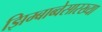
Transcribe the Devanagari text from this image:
झिम्बाब्वेसारख्या